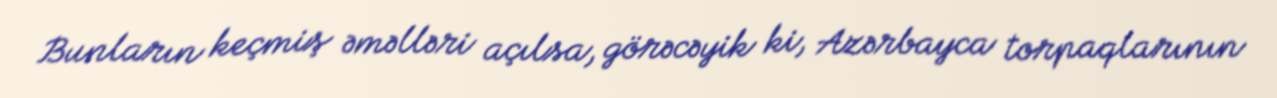
Bunların keçmiş əməlləri açılsa, görəcəyik ki, Azərbayca torpaqlarının